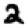
Digit: 2